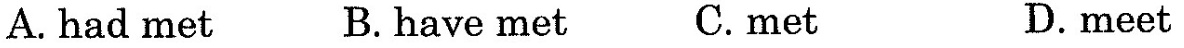
A. had met B. have met C.met D.meet